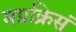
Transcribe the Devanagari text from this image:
मप्रक्रिसं